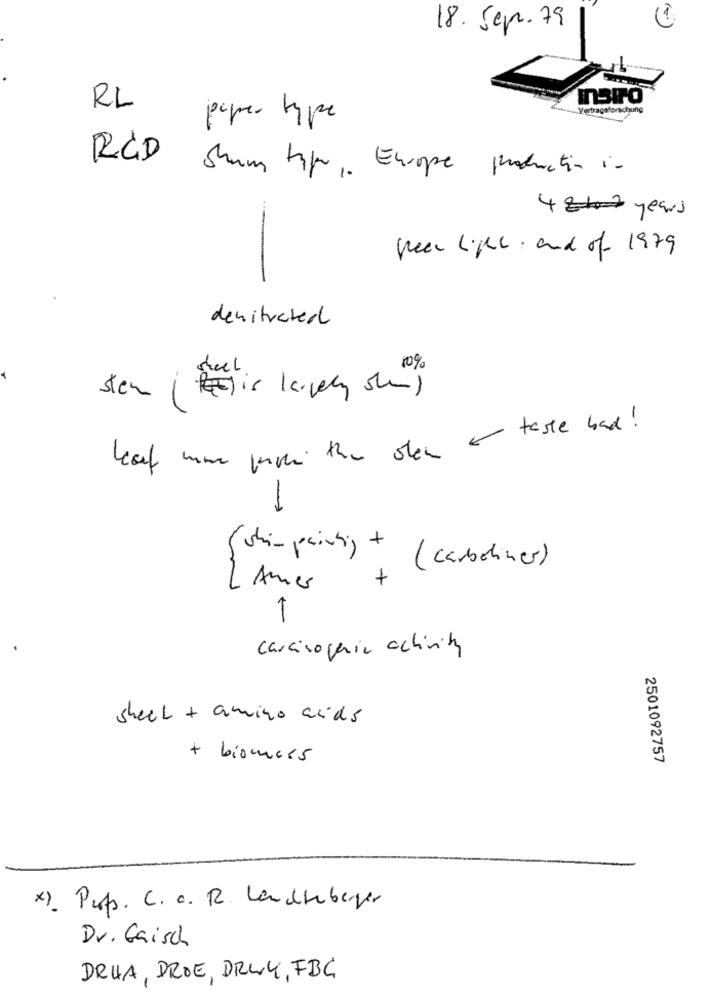
18. Sep.79
RL
paper type
RCD shum tipo Europe production in
4 2 years
pecu Ligel and of 1979
denitrated
sheel .
10%
stem (is largely she)
heart home proti the olen a taste bad !
-
shimpainting + 1
( carbetiner)
+
LAmer
carcinogenic activity
sheel + amino acids
+ biomass
2501092757
x). Perfs. C. c. R. Lancheberger
Dr. Gaisch
DRUA, DROE, DRWY, FBC